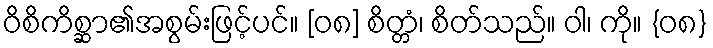
ဝိစိကိစ္ဆာ၏အစွမ်းဖြင့်ပင်။ [၀၈] စိတ္တံ၊ စိတ်သည်။ ဝါ၊ ကို။ {၀၈}